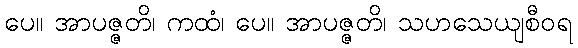
ပေ။ အာပဇ္ဇတိ၊ ကထံ၊ ပေ။ အာပဇ္ဇတိ၊ သဟသေယျစီဝရ